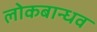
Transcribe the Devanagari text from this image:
लोकबान्धव